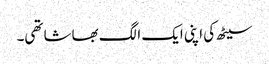
سیٹھ کی اپنی ایک الگ بھاشا تھی۔